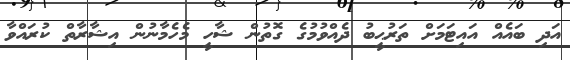
އަދި ބައެއް އައިޓަމަށް ތަރުޙީބު ދެއްވުމުގެ ގޮތުން ޝާހީ މެހެމާނުން އިޝާރާތް ކުރައްވާ